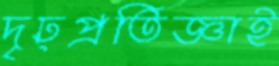
দৃঢ়প্রতিজ্ঞাই